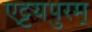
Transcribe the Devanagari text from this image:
एट्टयपुरम्